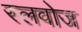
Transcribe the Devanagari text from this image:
स्लवोज